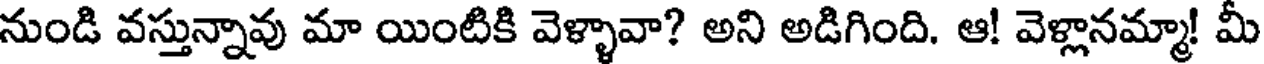
నుండి వస్తున్నావు మా యింటికి వెళ్ళావా? అని అడిగింది. ఆ! వెళ్లానమ్మా! మీ